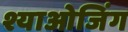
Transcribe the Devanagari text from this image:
श्याओजिंग